Civil Veterinary Dept. North-West Frontier Province 1923-32 - 1923-1932
Year: 1923
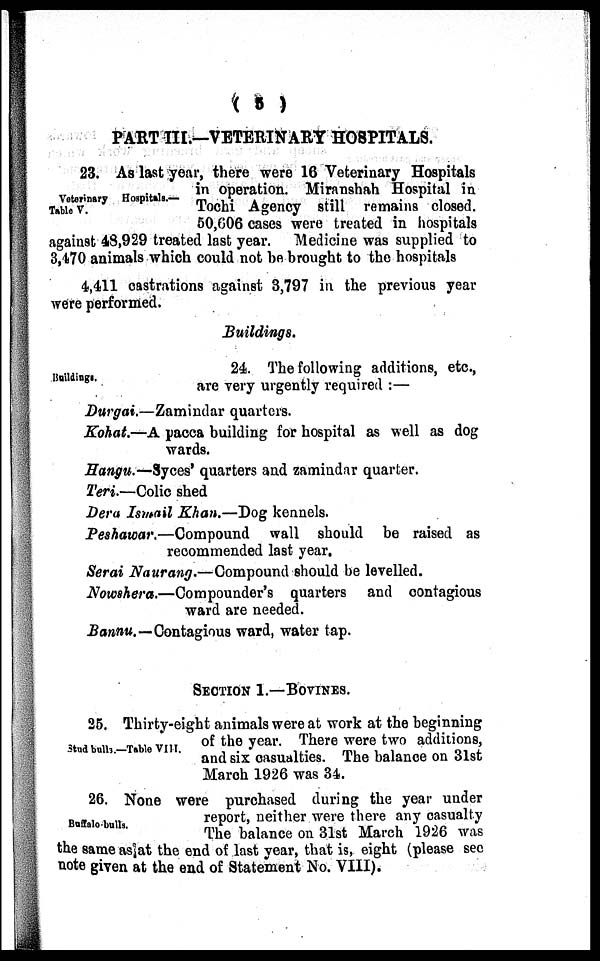
( 5 )
PART III.—VETERINARY HOSPITALS.
Veterinary Hospitals.—
Table V.
23. As last year, there were 16 Veterinary Hospitals
in operation. Miranshah Hospital in
Tochi Agency still remains closed.
50,606 cases were treated in hospitals
against 48,929 treated last year.
Medicine was supplied to
3,470 animals which could not be brought to the hospitals
4,411 castrations against 3,797 in the previous year
were performed.
Buildings.
Buildings,
24. The following additions, etc.,
are very urgently required:—
Durgai.—Zamindar quarters.
Kohat.—A pacca building for hospital as well as dog
wards.
Hangu.—Syces' quarters and zamindar quarter.
Teri.—Colic shed
Dera Ismail Khan.—Dog kennels.
Peshawar.—Compound
wall should be raised as
recommended last year.
Serai Naurang.—Compound should be levelled.
Nowshera.—Compounder's
quarters and contagious
ward are needed.
Bannu.—Contagious ward, water tap.
SECTION 1.—BOVINES.
Stud bulls.—Table VIII.
25. Thirty-eight animals were at work at the beginning
of the year. There were two additions,
and six casualties. The balance on 31st
March 1926 was 34.
Buffalo bulls.
26. None were purchased during the year under
report, neither were there any casualty
The balance on 31st March 1926 was
the same as at the end of last year, that is, eight (please sec
note given at the end of Statement No. VIII).